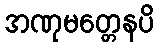
အဏုမတ္တေနပိ